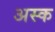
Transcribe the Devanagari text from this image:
अस्क